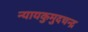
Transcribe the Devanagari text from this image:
न्यायकुमुदचन्द्र